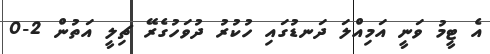
އެ ޓީމު ވަނީ އަމިއްލަ ދަނޑުގައި ހުކުރު ދުވަހުގެރޭ ޗިލީ އަތުން 2-0